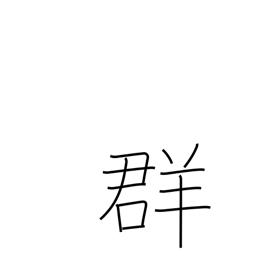
Meaning: flock